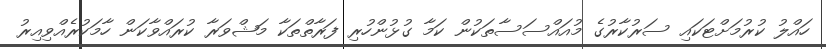
ހައްލު ކުރުމަށްޓަކައި ސަރުކާރުގެ މުއައްސަސާތަކުން ކަމާ ގުޅުންހުރި ފަރާތްތަކާ މަޝްވަރާ ކުރައްވާކަން ހާމަކުރެއްވިއިރު